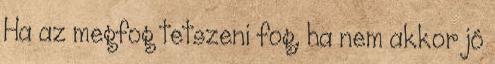
Ha az megfog tetszeni fog, ha nem akkor jó